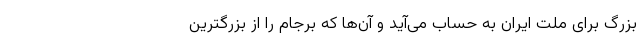
بزرگ برای ملت ایران به حساب می‌آید و آن‌ها که برجام را از بزرگترین